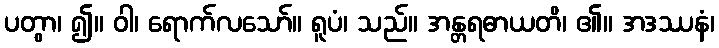
ပတွာ၊ ၍။ ဝါ၊ ရောက်လသော်။ ရူပံ၊ သည်။ အန္တရဓာယတိ၊ ၏။ အဒဿနံ၊